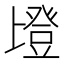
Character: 𱱹